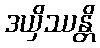
ဒယှိဿန္တိ